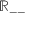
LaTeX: \mathbb { R } _ { -- }